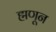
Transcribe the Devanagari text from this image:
ह्मणून